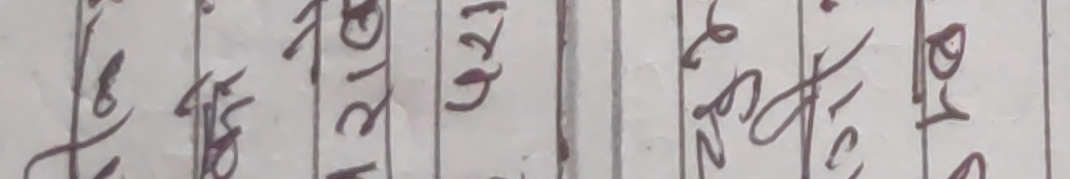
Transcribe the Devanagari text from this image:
ततितिक्षण